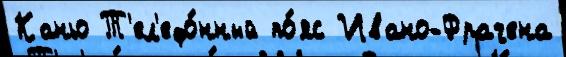
Каньо Т'ел'ефо́нный по́яс Ивано-Фрачена